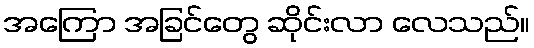
အကြော အခြင်တွေ ဆိုင်းလာ လေသည်။